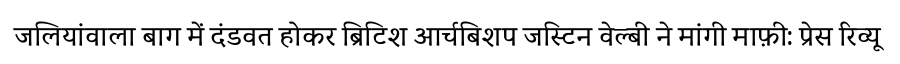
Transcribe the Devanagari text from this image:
जलियांवाला बाग में दंडवत होकर ब्रिटिश आर्चबिशप जस्टिन वेल्बी ने मांगी माफ़ी: प्रेस रिव्यू